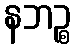
နဘဉ္စ